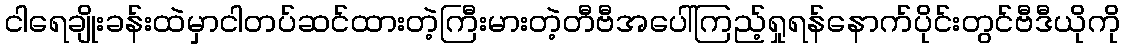
ငါရေချိုးခန်းထဲမှာငါတပ်ဆင်ထားတဲ့ကြီးမားတဲ့တီဗီအပေါ်ကြည့်ရှုရန်နောက်ပိုင်းတွင်ဗီဒီယိုကို